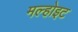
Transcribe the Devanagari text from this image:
मल्होइट